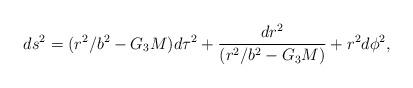
LaTeX: \begin{align*}ds^2 = (r^2/b^2 - G_3 M) d\tau^2 + {dr^2 \over (r^2/b^2-G_3 M)} + r^2d\phi^2,\end{align*}